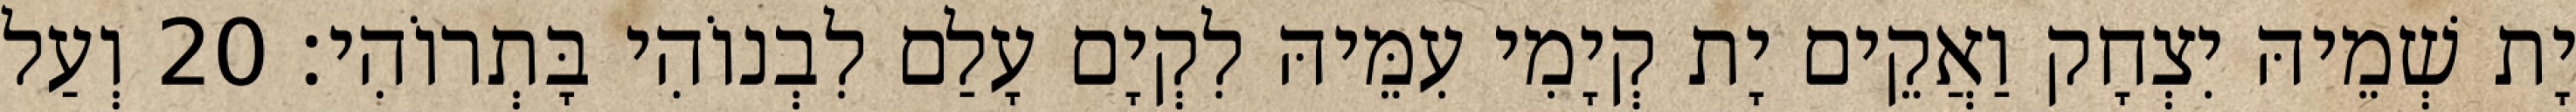
יָת שְׁמֵיהּ יִצְחָק וַאֲקֵים יָת קְיָמִי עִמֵּיהּ לִקְיָם עָלַם לִבְנוֹהִי בָּתְרוֹהִי׃ 20 וְעַל